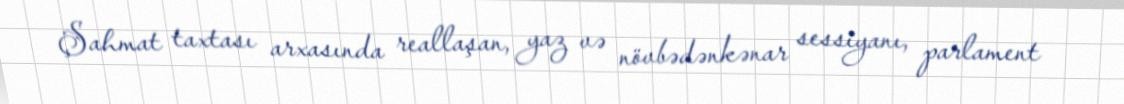
Şahmat taxtası arxasında reallaşan, yaz və növbədənkənar sessiyanı, parlament